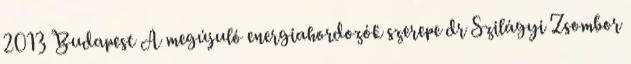
2013 Budapest A megújuló energiahordozók szerepe dr Szilágyi Zsombor